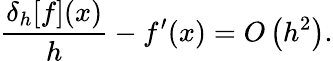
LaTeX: {\frac{\delta_{h}[f](x)}{h}}-f^{\prime}(x)=O\left(h^{2}\right).